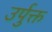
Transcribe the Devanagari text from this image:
उर्पुक्त